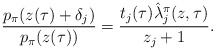
\begin{align*}\frac{p_\pi (z(\tau) + \delta_j )}{ p_\pi (z(\tau))} = \frac{t_j(\tau) \hat{\lambda}^\pi_j(z,\tau)}{z_j + 1}.\end{align*}